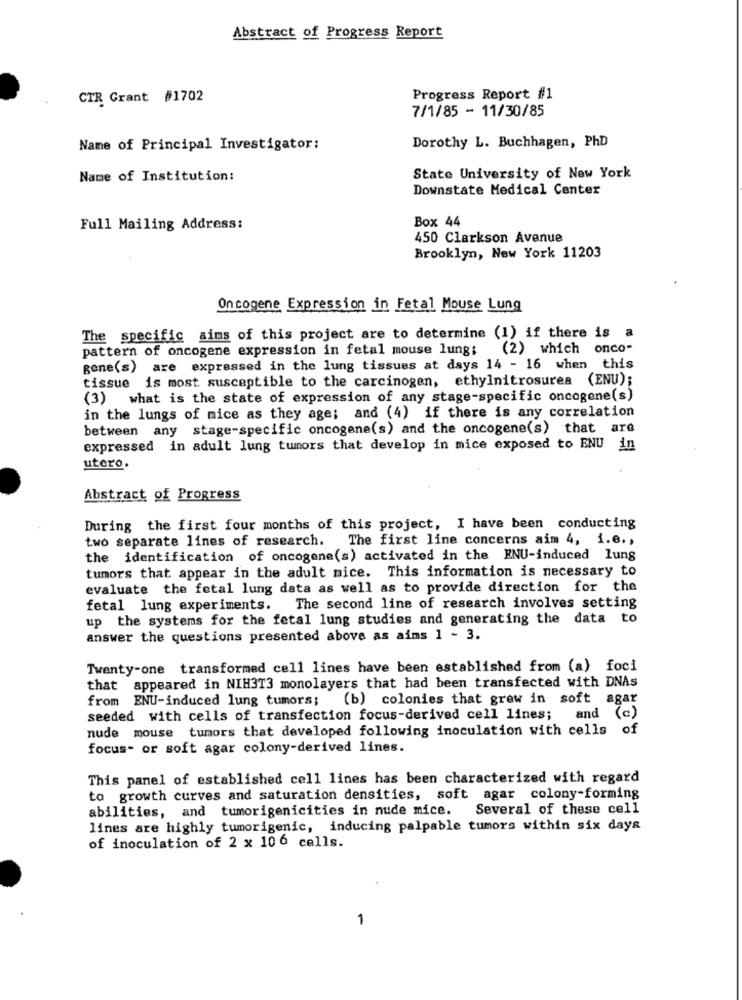
Abstract of Progress Report
CTR Grant #1702
Progress Report #1
7/1/85 - 11/30/85
Dorothy L. Buchhagen, PhD
Name of Principal Investigator:
Name of Institution:
State University of New York
Downstate Medical Center
Box 44
Full Mailing Address:
450 Clarkson Avenue
Brooklyn, New York 11203
Oncogene Expression in Fetal Mouse Lung
The specific aims of this project are to determine (1) if there is a
pattern of oncogene expression in fetal mouse lung: (2) which onco-
gene(s) are expressed in the lung tissues at days 14 - 16 when this
tissue is most susceptible to the carcinogen, ethylnitrosurea (ENU);
(3)
what is the state of expression of any stage-specific oncogene(s)
in the lungs of mice as they age; and (4) if there is any correlation
between any stage-specific oncogene(s) and the oncogene(s) that are
expressed in adult lung tumors that develop in mice exposed to ENU in
utero.
Abstract of Progress
During the first four months of this project, I have been conducting
two separate lines of research. The first line concerns aim 4, i.e .,
the identification of oncogene(s) activated in the ENU-induced lung
tumors that appear in the adult nice. This information is necessary to
evaluate the fetal lung data as well as to provide direction for the
fetal lung experiments. The second line of research involves setting
up the systems for the fetal lung studies and generating the data to
answer the questions presented above as aims 1 - 3.
Twenty-one transformed cell lines have been established from (a) foci
that appeared in NIH3T3 monolayers that had been transfected with DNAs
from ENU-induced lung tumors;
(b) colonies that grew in soft agar
seeded with cells of transfection focus-derived cell lines;
and (c)
nude mouse tumors that developed following inoculation with cells of
focus- or soft agar colony-derived lines.
This panel of established cell lines has been characterized with regard
to growth curves and saturation densities, soft agar colony-forming
abilities, and tumorigenicities in nude mice.
Several of these cell
lines are highly tumorigenic, inducing palpable tumors within six days
of inoculation of 2 x 106 cells.
1